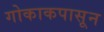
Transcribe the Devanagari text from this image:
गोकाकपासून